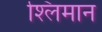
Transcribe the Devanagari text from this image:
श्लिमान